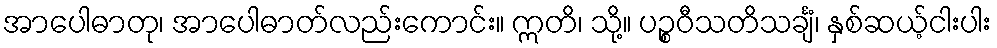
အာပေါဓာတု၊ အာပေါဓာတ်လည်းကောင်း။ ဣတိ၊ သို့။ ပဉ္စဝီသတိသင်္ချံ၊ နှစ်ဆယ့်ငါးပါး